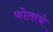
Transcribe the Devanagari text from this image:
फोलाचे